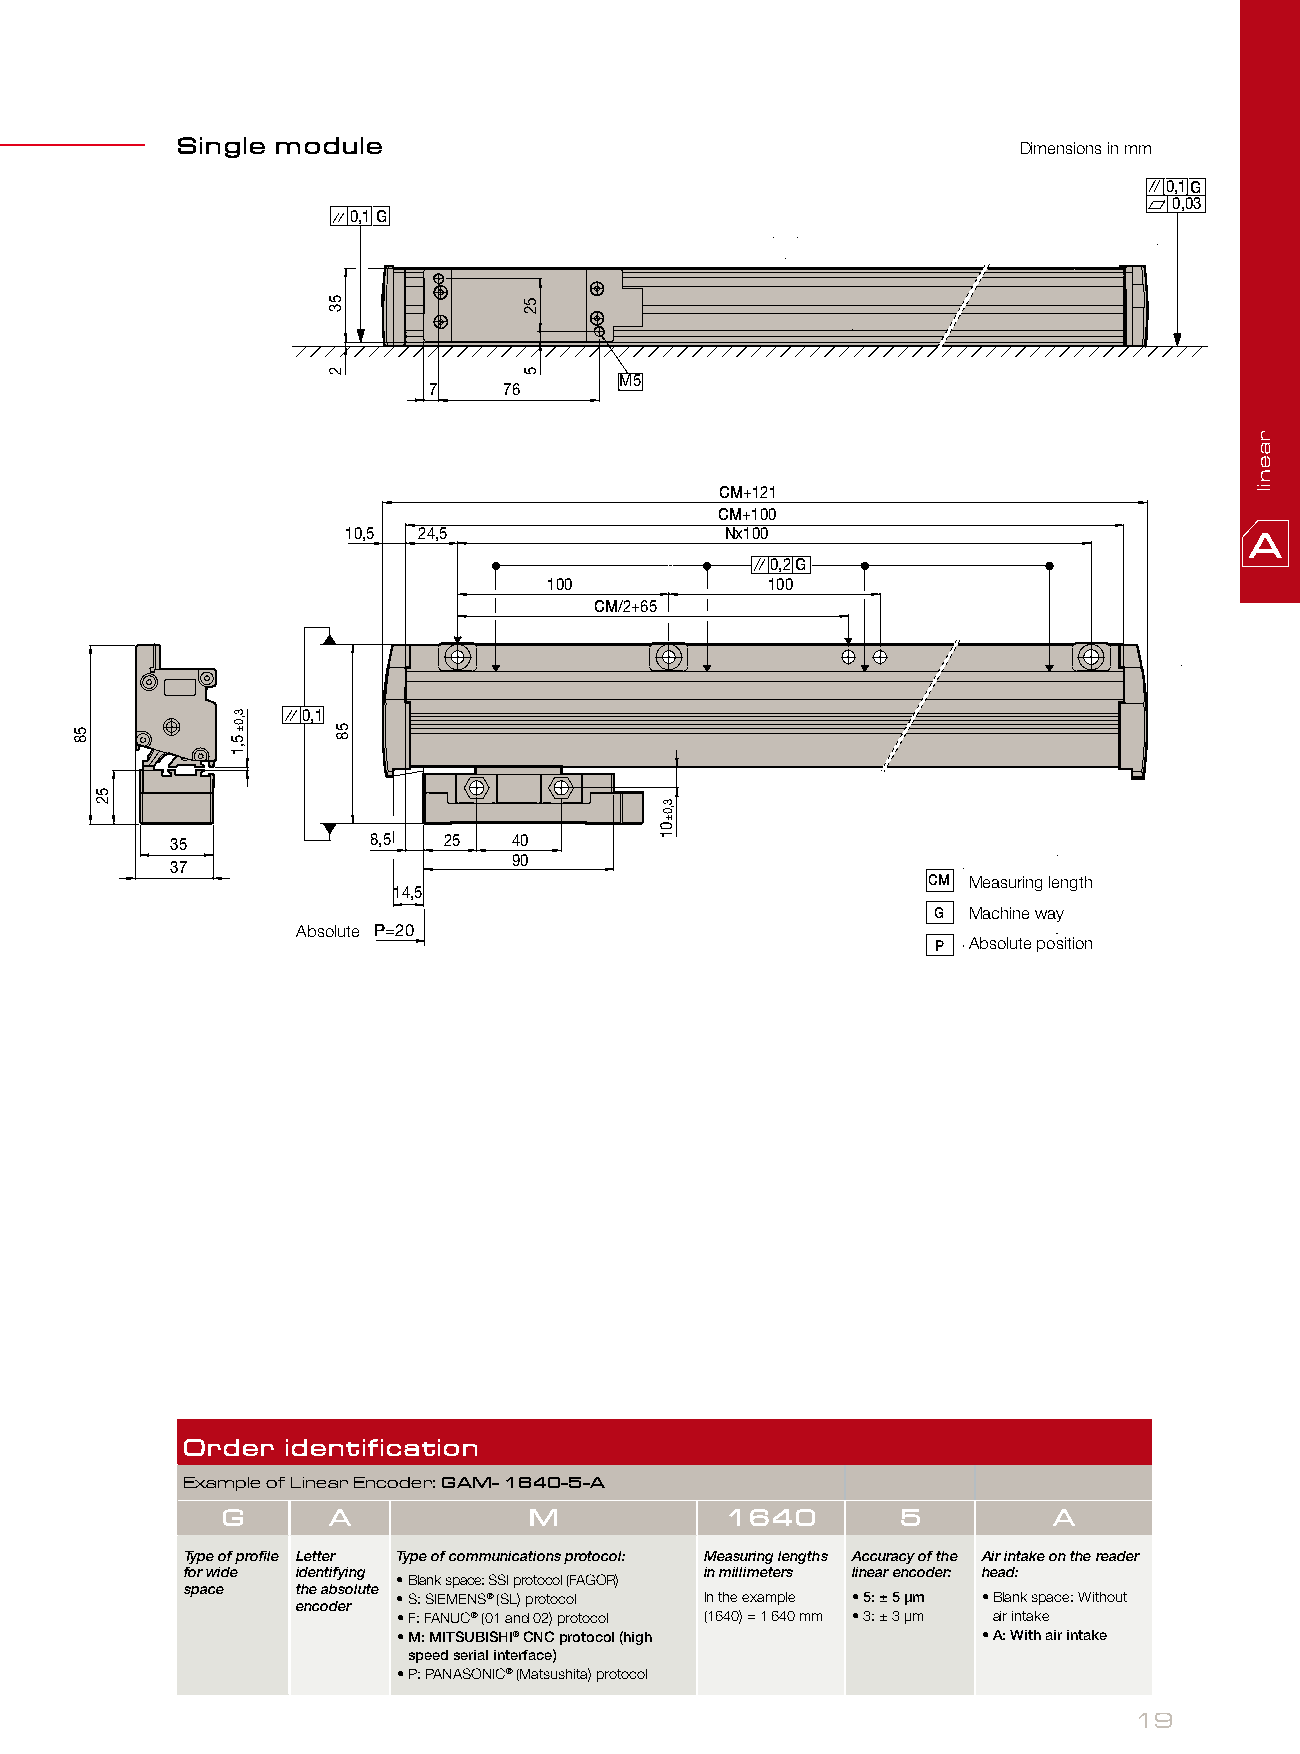
Single module
 Dimensions in mm
 0,1G
 0,03
 0,1G
 M5
 7    76
 CM+121
 CM+100
 10,5 24,5                Nx100
 0,2G
 100            100
 CM/2+65
 0,1
 35           8,5  25   40
 90
 37
 CM Measuring length
 14,5
 G Machine way
 Absolute P=20
 P Absolute position
 Order  identification
 Example of Linear Encoder: GAM- 1640-5-A
 G      A            M            1640        5         A
 Type of profile Letter Type of communications protocol: Measuring lengths Accuracy of the Air intake on the reader
 for wide identifying               in millimeters linear encoder: head:
 • Blank space: SSI protocol (FAGOR)
 space   the absolute
 • S: SIEMENS® (SL) protocol In the example • 5: ± 5 μm • Blank space: Without
 encoder
 • F: FANUC® (01 and 02) protocol (1640) = 1 640 mm • 3: ± 3 μm air intake
 • M: MITSUBISHI® CNC protocol (high    • A: With air intake
 speed serial interface)
 • P: PANASONIC® (Matsushita) protocol
 19
 58
 52
 3,0±
 5,1
 53
 2
 58
 52
 5
 3,0±01
 raenil